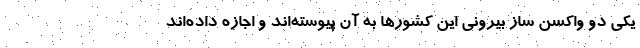
یکی دو واکسن ساز بیرونی این کشورها به آن پیوسته‌‌اند و اجازه داده‌‌اند